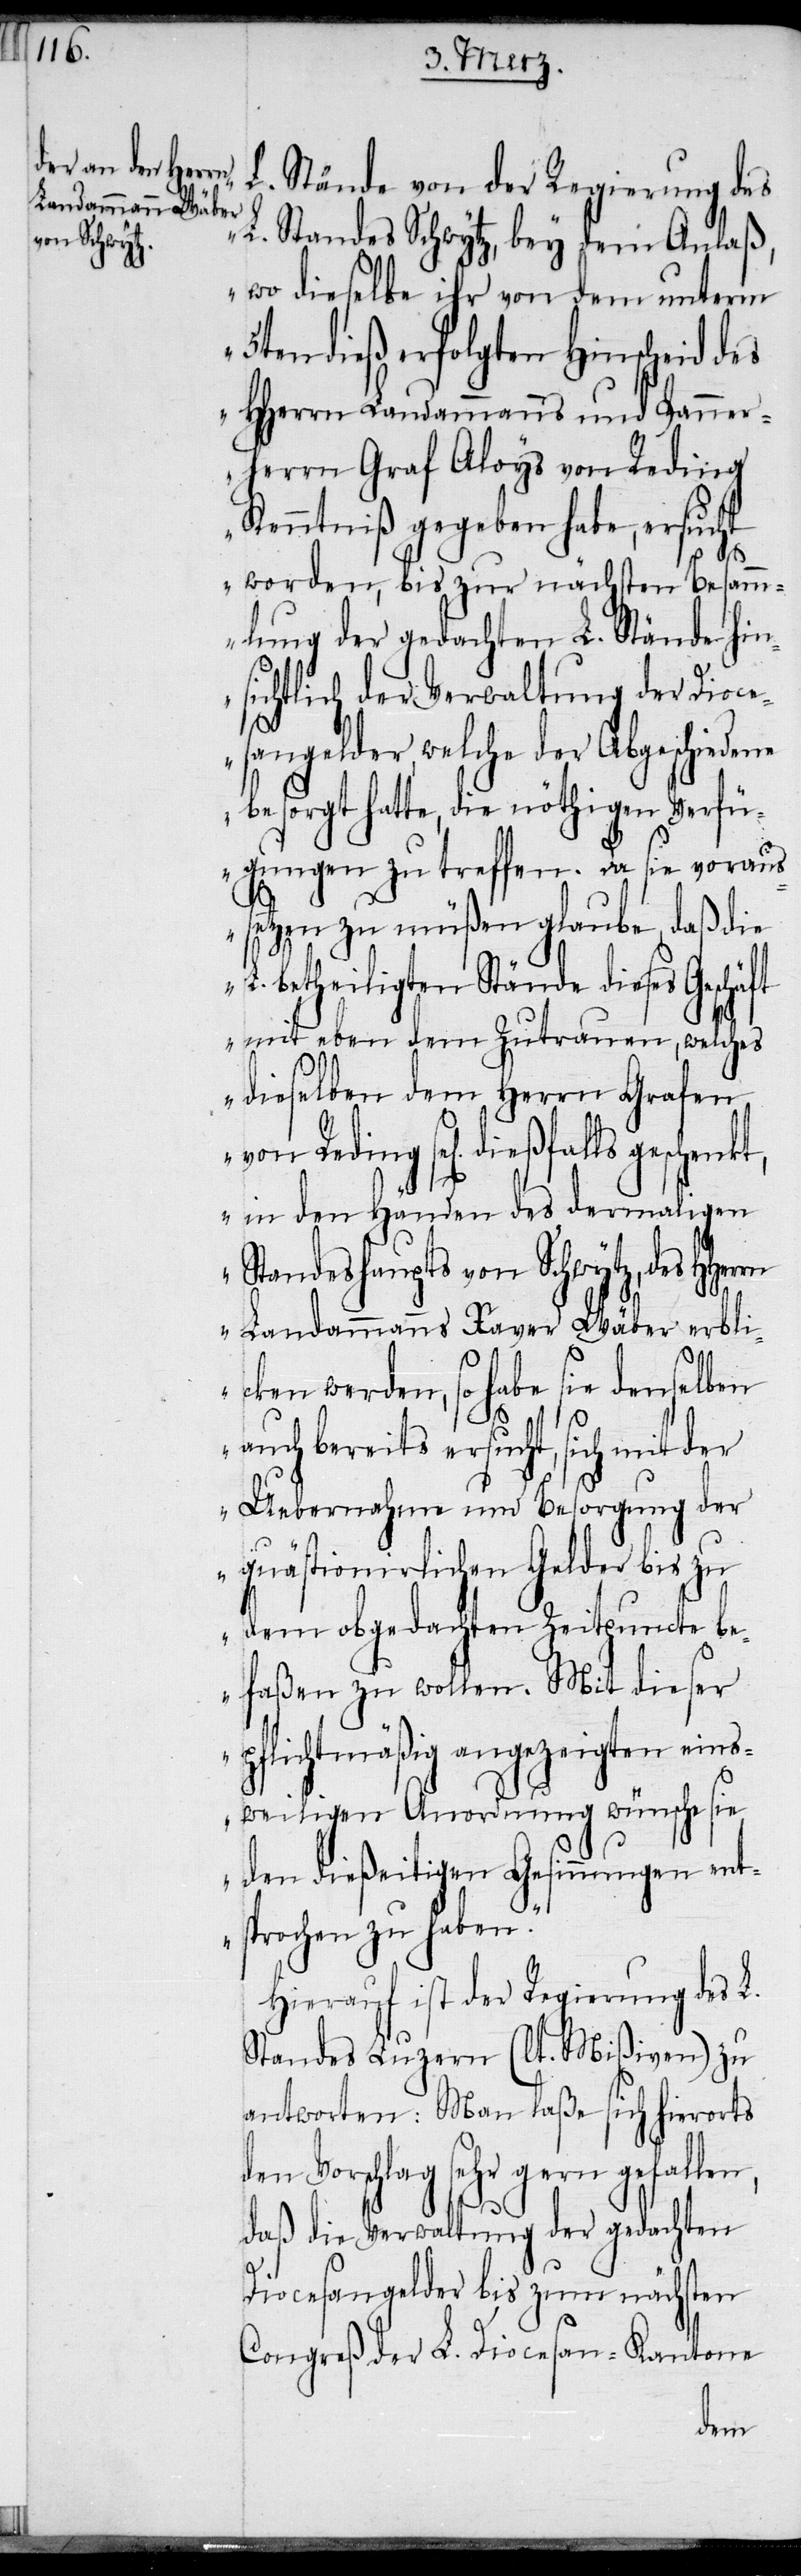
L. Stände von der Regierung des
L. Standes Schwytz, bey dem Anlaß,
wo dieselbe ihr von dem unterm
5ten dieß erfolgten Hinscheid des
HHerrn Landammanns und Panner¬
herrn Graf Aloys von Reding
Kenntniß gegeben habe, ersucht
worden, bis zur nächsten Besam¬
mlung der gedachten L. Stände hin¬
sichtlich der Verwaltung der Dioce¬
sangelder, welche der Abgeschiedene
besorgt hatte, die nöthigen Verfü¬
gungen zu treffen. Da sie voraus¬
setzen zu müßen glaube, daß die
L. betheiligten Stände dieses Geschä¬
mit eben dem Zutrauen, welches
dieselben dem Herrn Grafen
von Reding sel[ig] dießfalls
in den Händen des dermaligen
Standeshaupts von Schwytz, des HHer¬
rn Landammanns Xaver Wäber erbli¬
cken werden, so habe sie denselben
auch bereits ersucht, sich mit der
n,
Uebernahme und Besorgung der
quästionirlichen Gelder bis zu
dem obgedachten Zeitpuncte be¬
faßen zu wollen. Mit dieser
flichtmäßig angezeigten eins¬
weiligen Anordnung wünsche sie
den dießeitigen Gesinnungen ent¬
sprochen zu haben.“
Hierauf ist der Regierung des L.
Standes Luzern (lt. Mißiven) zu
antworten: Man laße sich hierorts
Vorschlag sehr gern gefalle¬
daß die Verwaltung der gedachten
Diocesangelder bis zum nächsten
Congreß der L. Diocesan-Kantone
den